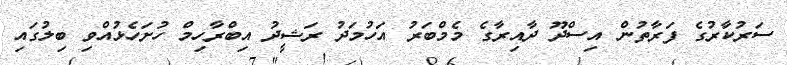
ސަރުކާރުގެ ފަރާތުން އިސްދޫ ދާއިރާގެ މެމްބަރު އަހުމަދު ރަޝީދު އިބްރާހިމް ހުށަހެޅުއްވި ބިލުގައި